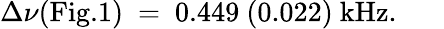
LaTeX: \Delta\nu(\mathrm{Fig.1})~=~0.449~(0.022)~\mathrm{kHz}.~~~~~~